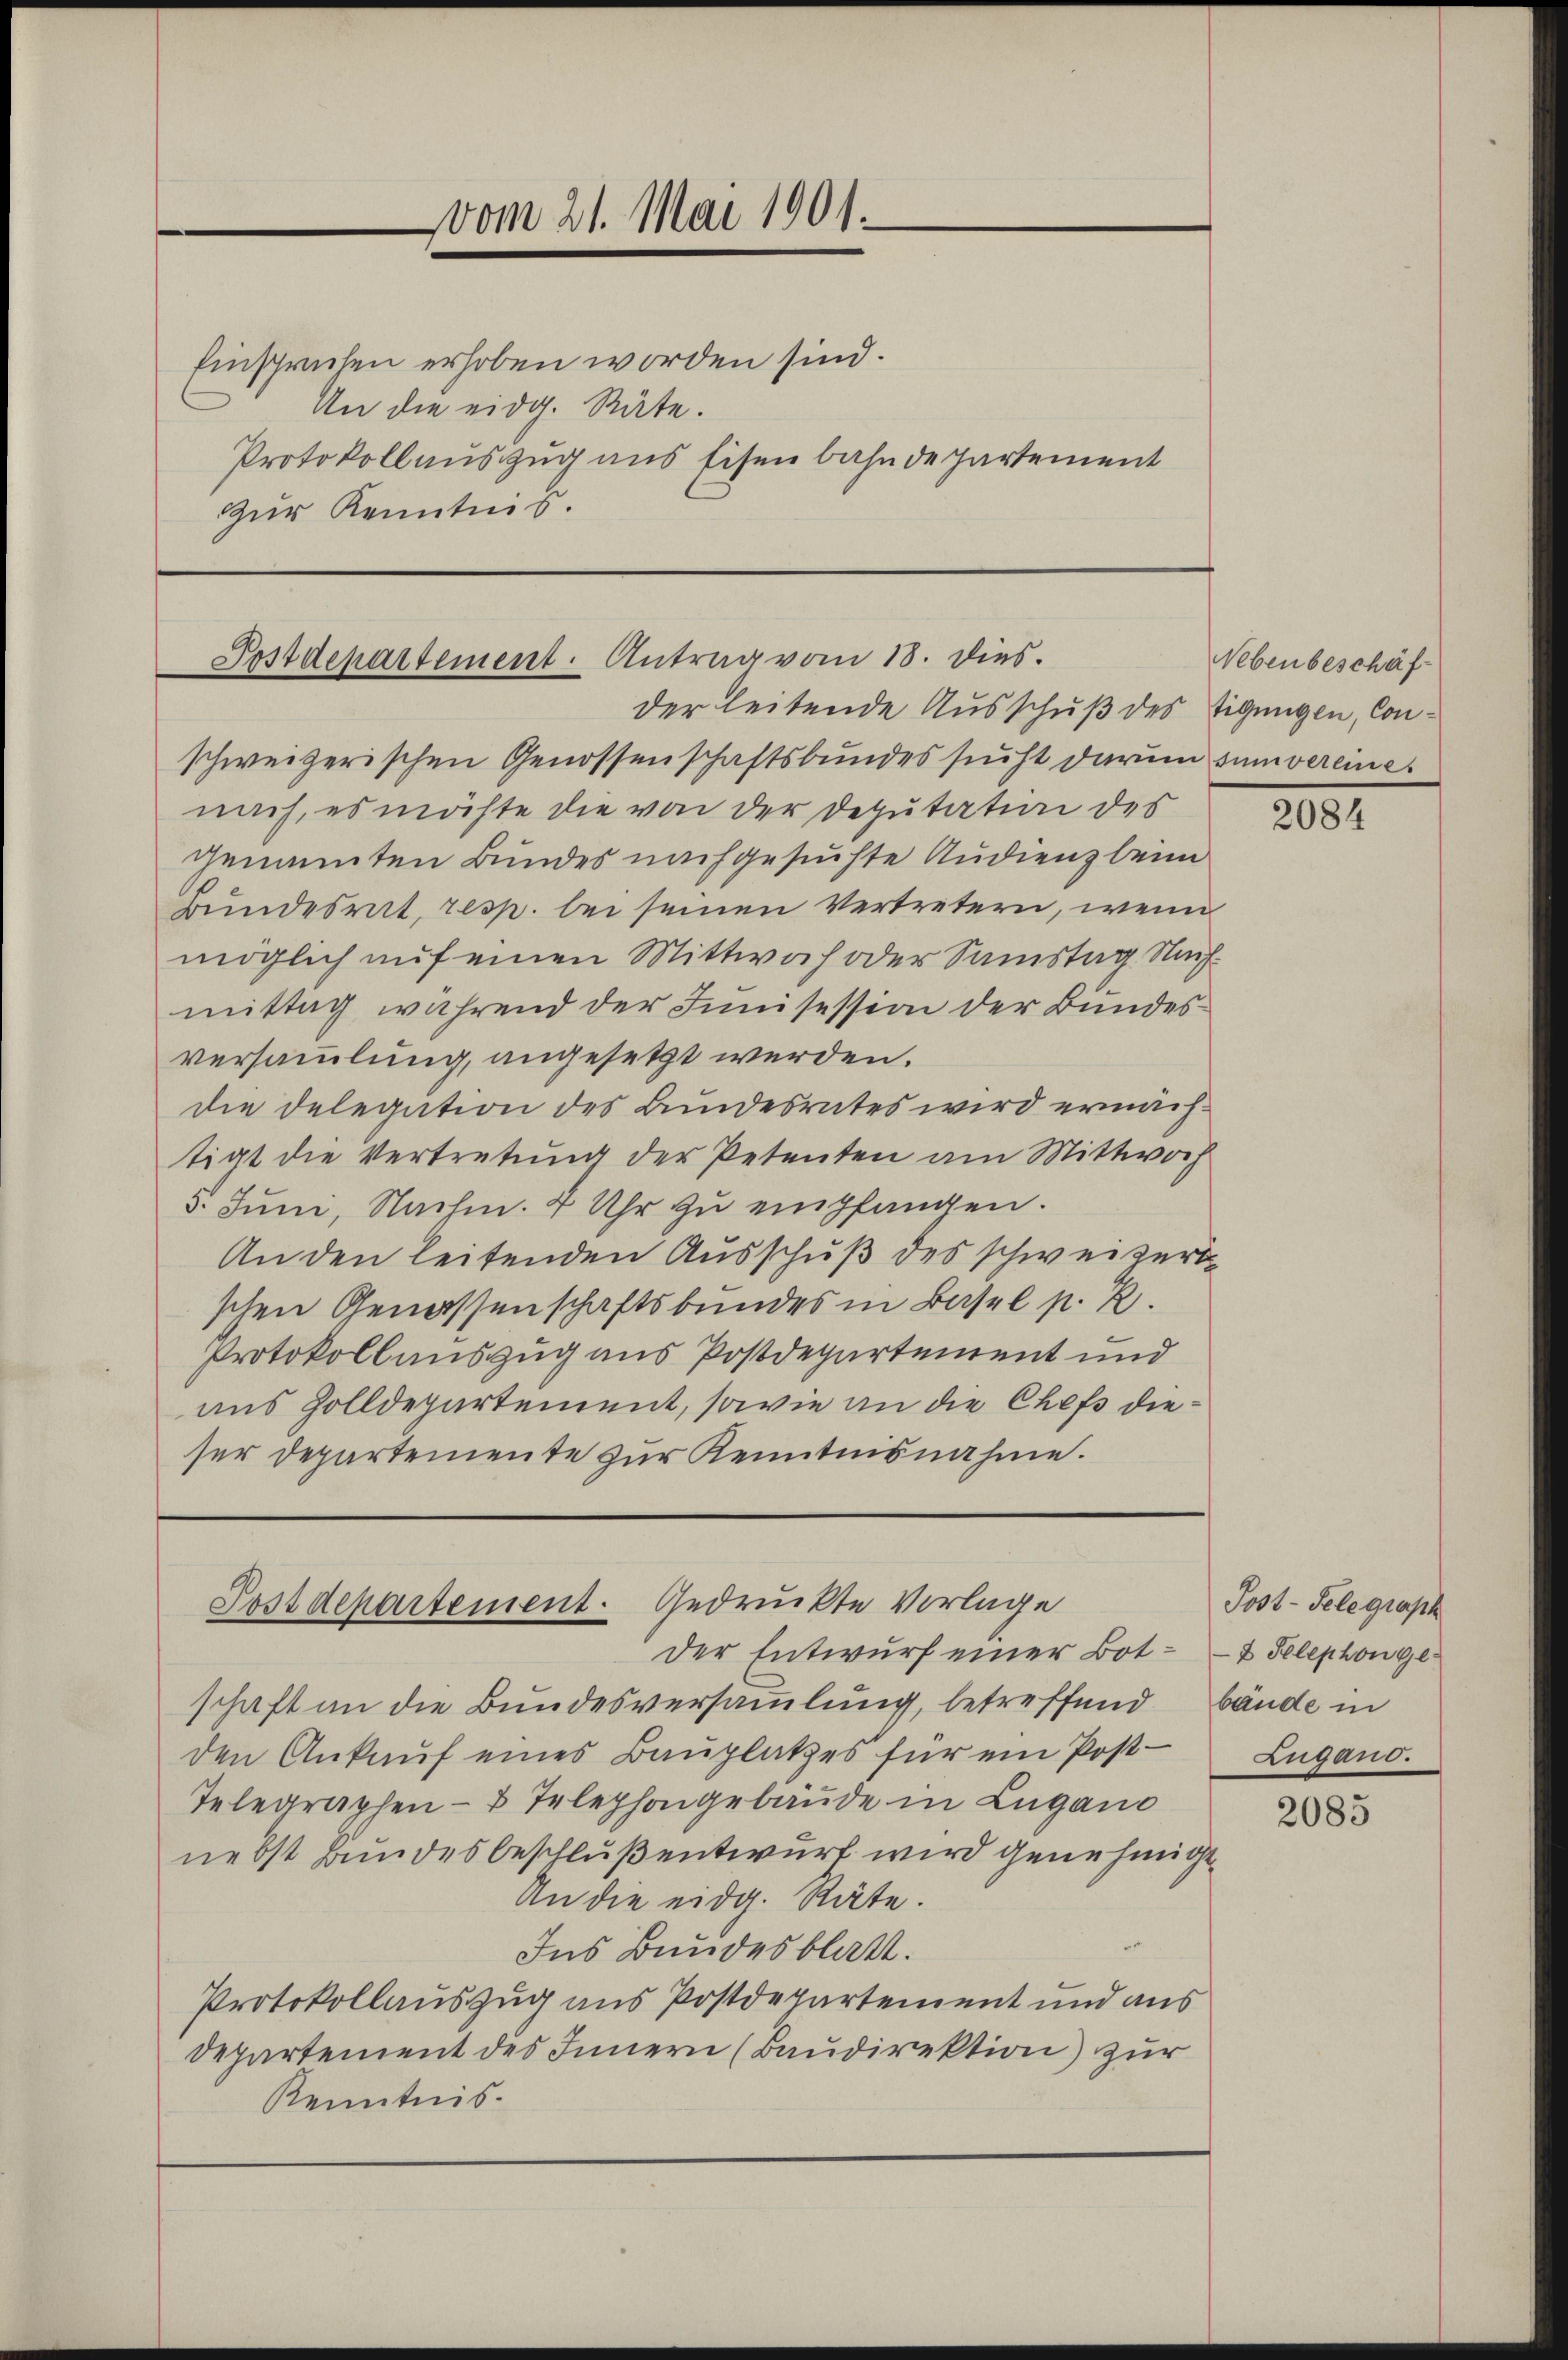
Einsprechen erhoben worden sind.
An die eidg. Räte.
Protokollauszug aus Eisenbahnde Partement
Zŭr Kenntnis.

vom 21. Mai 1901.

Postdepartement. Antrag vom 18. dies.
der leitende Ausschuß des Tigungen, Con¬

schweizerischen Genossenschaftsbundes sucht darum sumvereiner
nach, es möchte die von der Deputation des
genannten Bundes nachgesuchte Audienz beim
Bundesrat, resp. bei seinen Vertretern, wenn
möglich auf einen Mittwoch oder Samstag Nachmittag während der Innisession der Bundesversammlung, angesetzt werden.
die Delegation des Bundesrates wird ermächtigt die Vertretung der Petenten am Mittwoch
5. Juni, Nachm. 4 Uhr zŭ empfangen.
An den leitenden Ausschuß des schweizert
schen Genossenschaftsbundes in Basel p. 2.
Protokollauszug aus Postdepartement und
aus Zolldepartement, sowie an die Chefs dieser Departemente zur Kenntnisnahme.

Postdepartement. Gedruckte Vorlage
Der Entwurf einer Bot = 2 Telephonge¬

schaft an die Bundesversammlung, betreffend bände in
den Ankauf eines Bauplatzes für ein Post-
Telegraphen- & Telephongebäude in Lugano
nebst Bundesbeschluß entwurf wird genehmige
An die eidg. Räte.
Ins Bundesblatt.
Protokollauszug aus Postdepartement und aus
Departement des Innern (Baudirektion) zur
Kenntnis.

Nebenbeschäf¬

2000

Post-Telegraph
Lugano.

2085